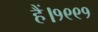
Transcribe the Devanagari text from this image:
हैं।१९९१